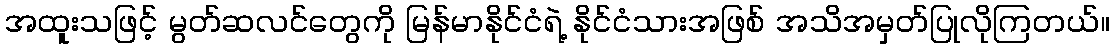
အထူးသဖြင့် မွတ်ဆလင်တွေကို မြန်မာနိုင်ငံရဲ့ နိုင်ငံသားအဖြစ် အသိအမှတ်ပြုလိုကြတယ်။